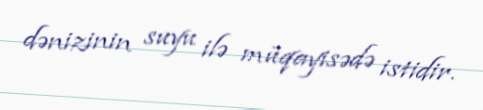
dənizinin suyu ilə müqayisədə istidir.